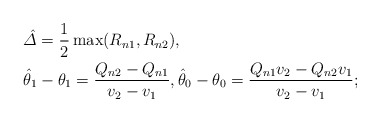
\begin{align*}&\hat{\varDelta} = \frac{1}{2} \max(R_{n1}, R_{n2}),\\&\hat{\theta}_1 -\theta_1 = \frac{Q_{n2} - Q_{n1}}{v_2 - v_1} , \hat{\theta}_0 -\theta_0 = \frac{Q_{n1} v_2 - Q_{n2} v_1}{v_2 -v_1} ;\end{align*}